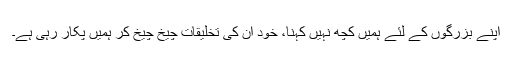
اپنے بزرگوں کے لئے ہمیں کچھ نہیں کہنا، خود ان کی تخلیقات چیخ چیخ کر ہمیں پکار رہی ہے۔